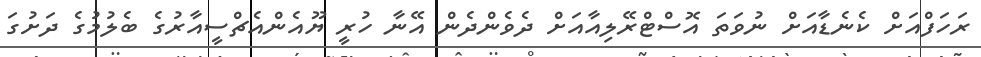
ރަހަފްއަށް ކެނެޑާއަށް ނުވަތަ އޮސްޓްރޭލިއާއަށް ދެވެންދެން އޭނާ ހުރީ ޔޫއެންއެޗްސީއާރުގެ ބެލުމުގެ ދަށުގަ